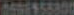
0556958800